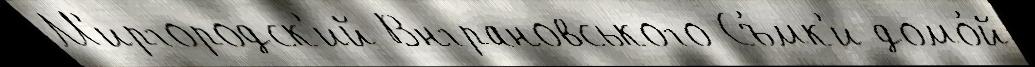
М'иргородск'ий Внграновського Съ́мк'и домо́й